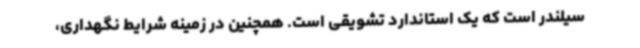
سیلندر است که یک استاندارد تشویقی است. همچنین در زمینه شرایط نگهداری،